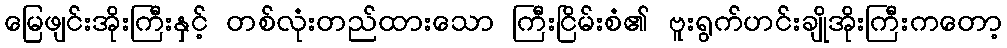
မြေဖျင်းအိုးကြီးနှင့် တစ်လုံးတည်ထားသော ကြီးငြိမ်းစံ၏ ဗူးရွက်ဟင်းချိုအိုးကြီးကတော့